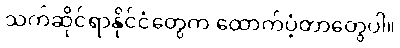
သက်ဆိုင်ရာနိုင်ငံတွေက ထောက်ပံ့တာတွေပါ။